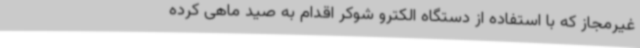
غیرمجاز که با استفاده از دستگاه الکترو شوکر اقدام به صید ماهی کرده